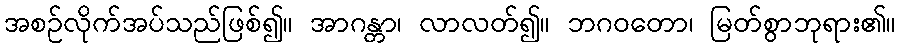
အစဉ်လိုက်အပ်သည်ဖြစ်၍။ အာဂန္တာ၊ လာလတ်၍။ ဘဂဝတော၊ မြတ်စွာဘုရား၏။